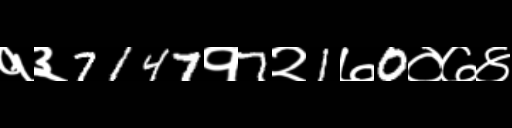
Text: १३7147१7२1७0०७४